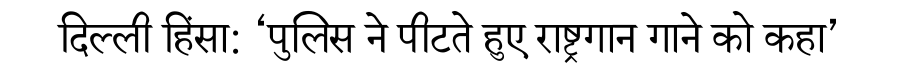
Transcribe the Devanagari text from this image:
दिल्ली हिंसा: ‘पुलिस ने पीटते हुए राष्ट्रगान गाने को कहा’